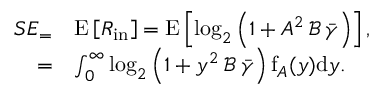
\begin{array} { r l } { S E _ = } & { \mathrm { E } \left[ R _ { \mathrm { i n } } \right] = \mathrm { E } \left[ \mathrm { l o g } _ { 2 } \left( 1 + A ^ { 2 } \, \mathcal { B } \, \Bar { \gamma } \right) \right] , } \\ { = } & { \int _ { 0 } ^ { \infty } \mathrm { l o g } _ { 2 } \left( 1 + y ^ { 2 } \, \mathcal { B } \, \Bar { \gamma } \right) \mathrm { f } _ { A } ( y ) \mathrm { d } y . } \end{array}